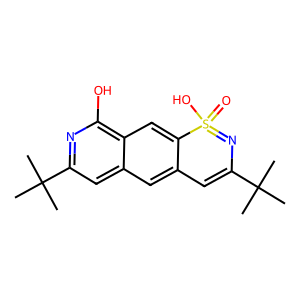
SMILES: CC(C)(C)C1=Cc2cc3cc(C(C)(C)C)nc(O)c3cc2S(=O)(O)=N1
Inhibits HIV replication: No